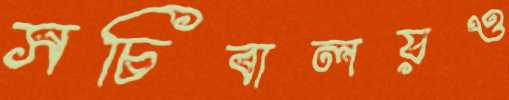
সচিবালয়ও